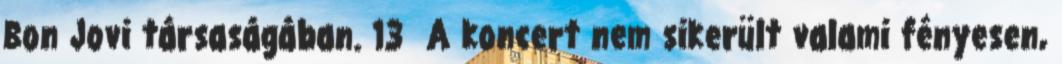
Bon Jovi társaságában. 13 A koncert nem sikerült valami fényesen,